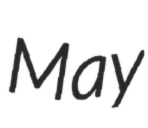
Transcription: May